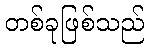
တစ်ခုဖြစ်သည်